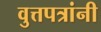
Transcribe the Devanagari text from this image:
वुत्तपत्रांनी